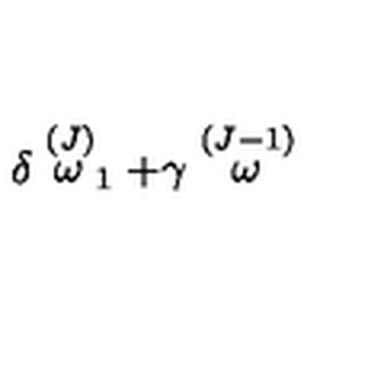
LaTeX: \delta \stackrel { ( J ) } { \omega } _ { 1 } + \gamma \stackrel { ( J - 1 ) } { \omega }